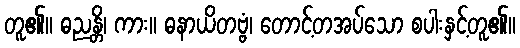
တူ၏။ ဓညန္တိ၊ ကား။ ဓနာယိတဗ္ဗံ၊ တောင့်တအပ်သော စပါးနှင့်တူ၏။